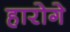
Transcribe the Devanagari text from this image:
हारोगे